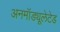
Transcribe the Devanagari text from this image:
अनमॉड्यूलेटेड